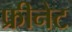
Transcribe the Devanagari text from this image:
फ्रीनेट